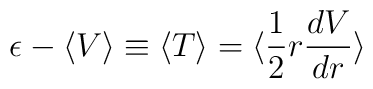
\epsilon-\langle V\rangle\equiv\langle T\rangle=\langle\frac{1}{2}r\frac{dV}{dr}\rangle